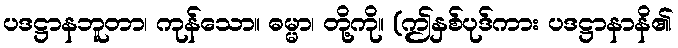
ပဒဋ္ဌာနဘူတာ၊ ကုန်သော။ ဓမ္မာ၊ တို့ကို။ (ဤနှစ်ပုဒ်ကား ပဒဋ္ဌာနာနိ၏